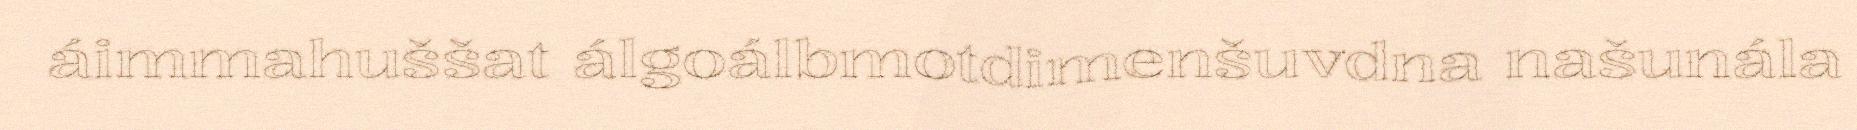
áimmahuššat álgoálbmotdimenšuvdna našunála